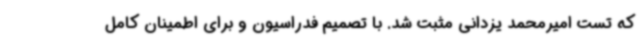
که تست امیرمحمد یزدانی مثبت شد. با تصمیم فدراسیون و برای اطمینان کامل